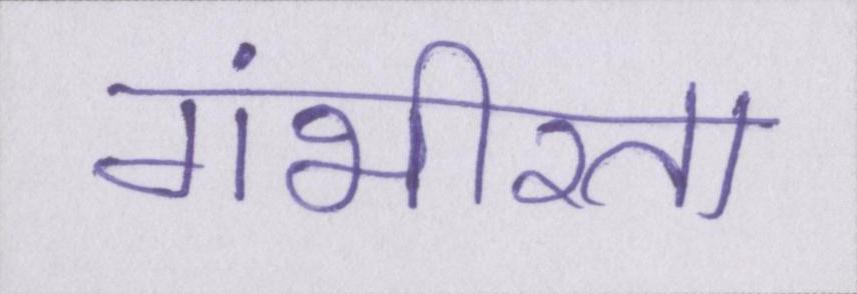
गंभीरता